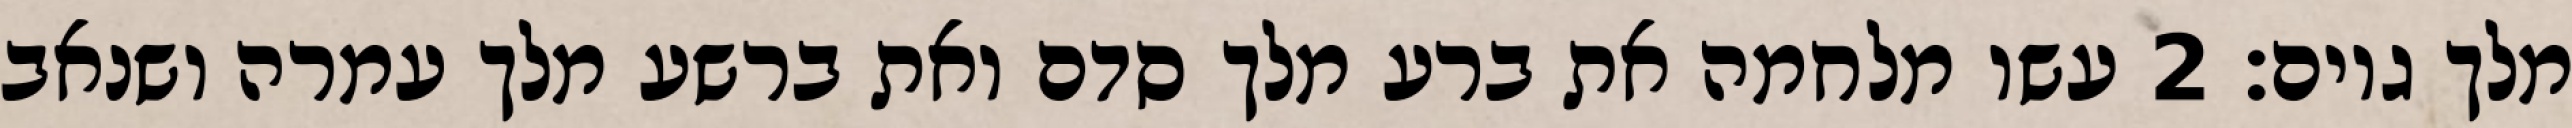
מלך גוים׃ ‎2‏ עשו מלחמה את ברע מלך סדם ואת ברשע מלך עמרה ושנאב